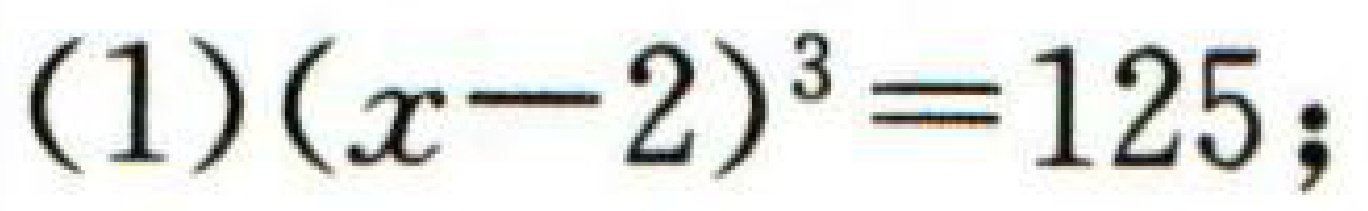
\((1)(x - 2)^{3}==125;\)